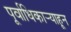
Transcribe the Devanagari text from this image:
पूर्वाधिकार्‍याहून